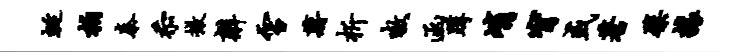
蜒柏秦忝撤辫雪蒋析嗷函蹲峭甯或蓍檗攘